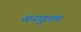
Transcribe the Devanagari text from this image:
वनपुलम